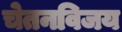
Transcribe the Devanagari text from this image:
चेतनविजय